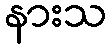
နားသ